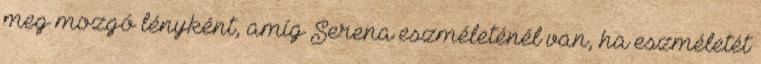
meg mozgó lényként, amíg Serena eszméleténél van, ha eszméletét